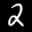
Label: 2